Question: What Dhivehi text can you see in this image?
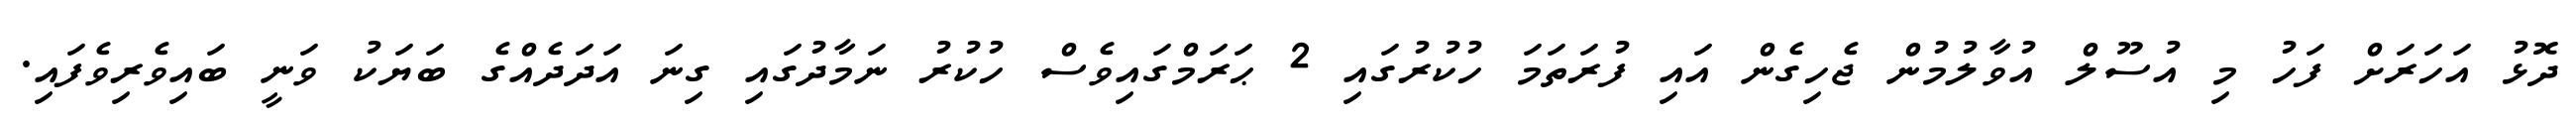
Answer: ދޮޅު އަހަރަށް ފަހު މި އުސޫލް އުވާލުމުން ޖެހިގެން އައި ފުރަތަމަ ހުކުރުގައި 2 ޙަރަމްގައިވެސް ހުކުރު ނަމާދުގައި ގިނަ އަދަދެއްގެ ބަޔަކު ވަނީ ބައިވެރިވެފައި.